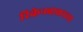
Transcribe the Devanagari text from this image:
रिकेनबाकरच्या